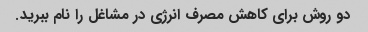
دو روش برای کاهش مصرف انرژی در مشاغل را نام ببرید.